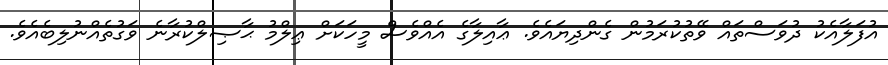
އުފަލާއެކު ދުވަސްތައް ވޭތުކުރަމުން ގެންދިޔައެވެ. ޢާއިލާގެ އެއްވެސް މީހަކަށް ޢިލްމު ޙާޞިލްކުރާނެ ވަގުތެއްނުލިބެއެވެ.